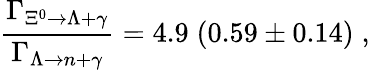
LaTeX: \frac{\Gamma_{\Xi^{0}\rightarrow\Lambda+\gamma}}{\Gamma_{\Lambda\rightarrow n+\gamma}}=4.9\; (0.59\pm 0.14)\; ,